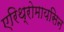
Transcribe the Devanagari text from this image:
एरिथ्रोमायसिन